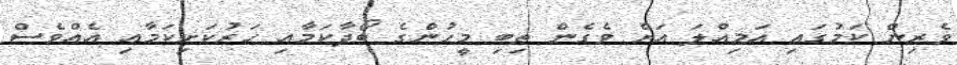
ވެރިން ކަމުގައި އަމިއްލަ އަށް ވެގެން ތިބި މީހުންގެ ބޯދާކަމާއި ހަރުކަށިކަމާއި އެއްވެސް